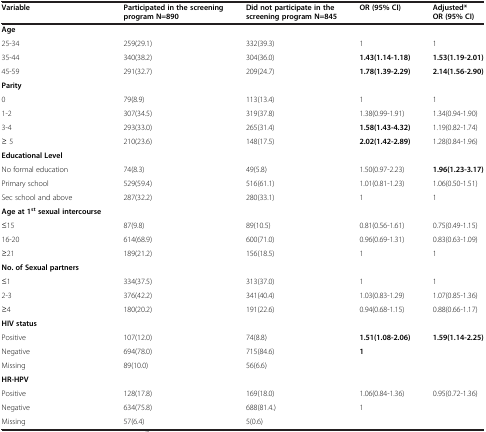
<table><thead><tr><td><b>Variable</b></td><td><b>Participated in the screening program N=890</b></td><td><b>Did not participate in the screening program N=845</b></td><td><b>OR (95% CI)</b></td><td><b>Adjusted* OR (95% CI)</b></td></tr></thead><tbody><tr><td><b>Age</b></td><td> </td><td> </td><td> </td><td> </td></tr><tr><td>25-34</td><td>259(29.1)</td><td>332(39.3)</td><td>1</td><td>1</td></tr><tr><td>35-44</td><td>340(38.2)</td><td>304(36.0)</td><td><b>1.43(1.14-1.18)</b></td><td><b>1.53(1.19-2.01)</b></td></tr><tr><td>45-59</td><td>291(32.7)</td><td>209(24.7)</td><td><b>1.78(1.39-2.29)</b></td><td><b>2.14(1.56-2.90)</b></td></tr><tr><td><b>Parity</b></td><td> </td><td> </td><td> </td><td> </td></tr><tr><td>0</td><td>79(8.9)</td><td>113(13.4)</td><td>1</td><td>1</td></tr><tr><td>1-2</td><td>307(34.5)</td><td>319(37.8)</td><td>1.38(0.99-1.91)</td><td>1.34(0.94-1.90)</td></tr><tr><td>3-4</td><td>293(33.0)</td><td>265(31.4)</td><td><b>1.58(1.43-4.32)</b></td><td>1.19(0.82-1.74)</td></tr><tr><td>≥ 5</td><td>210(23.6)</td><td>148(17.5)</td><td><b>2.02(1.42-2.89)</b></td><td>1.28(0.84-1.96)</td></tr><tr><td><b>Educational Level</b></td><td> </td><td> </td><td> </td><td> </td></tr><tr><td>No formal education</td><td>74(8.3)</td><td>49(5.8)</td><td>1.50(0.97-2.23)</td><td><b>1.96(1.23-3.17)</b></td></tr><tr><td>Primary school</td><td>529(59.4)</td><td>516(61.1)</td><td>1.01(0.81-1.23)</td><td>1.06(0.50-1.51)</td></tr><tr><td>Sec school and above</td><td>287(32.2)</td><td>280(33.1)</td><td>1</td><td>1</td></tr><tr><td><b>Age at 1</b><sup><b>st</b></sup><b>sexual intercourse</b></td><td> </td><td> </td><td> </td><td> </td></tr><tr><td>≤15</td><td>87(9.8)</td><td>89(10.5)</td><td>0.81(0.56-1.61)</td><td>0.75(0.49-1.15)</td></tr><tr><td>16-20</td><td>614(68.9)</td><td>600(71.0)</td><td>0.96(0.69-1.31)</td><td>0.83(0.63-1.09)</td></tr><tr><td>≥21</td><td>189(21.2)</td><td>156(18.5)</td><td>1</td><td>1</td></tr><tr><td><b>No. of Sexual partners</b></td><td> </td><td> </td><td> </td><td> </td></tr><tr><td>≤1</td><td>334(37.5)</td><td>313(37.0)</td><td>1</td><td>1</td></tr><tr><td>2-3</td><td>376(42.2)</td><td>341(40.4)</td><td>1.03(0.83-1.29)</td><td>1.07(0.85-1.36)</td></tr><tr><td>≥4</td><td>180(20.2)</td><td>191(22.6)</td><td>0.94(0.68-1.15)</td><td>0.88(0.66-1.17)</td></tr><tr><td><b>HIV status</b></td><td> </td><td> </td><td> </td><td> </td></tr><tr><td>Positive</td><td>107(12.0)</td><td>74(8.8)</td><td><b>1.51(1.08-2.06)</b></td><td><b>1.59(1.14-2.25)</b></td></tr><tr><td>Negative</td><td>694(78.0)</td><td>715(84.6)</td><td><b>1</b></td><td> </td></tr><tr><td>Missing</td><td>89(10.0)</td><td>56(6.6)</td><td> </td><td> </td></tr><tr><td><b>HR-HPV</b></td><td> </td><td> </td><td> </td><td> </td></tr><tr><td>Positive</td><td>128(17.8)</td><td>169(18.0)</td><td>1.06(0.84-1.36)</td><td>0.95(0.72-1.36)</td></tr><tr><td>Negative</td><td>634(75.8)</td><td>688(81.4.)</td><td>1</td><td> </td></tr><tr><td>Missing</td><td>57(6.4)</td><td>5(0.6)</td><td> </td><td> </td></tr></tbody></table>